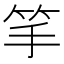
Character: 𥬄